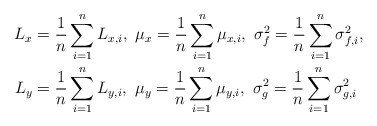
\begin{align*} L_{x} &= \frac{1}{n}\sum_{i=1}^n L_{x, i},~ \mu_{x} = \frac{1}{n}\sum_{i=1}^n \mu_{x, i},~ \sigma_f^2 = \frac{1}{n}\sum_{i=1}^n \sigma_{f, i}^2, \\ L_{y} &= \frac{1}{n}\sum_{i=1}^n L_{y, i},~ \mu_{y} = \frac{1}{n}\sum_{i=1}^n \mu_{y, i},~ \sigma_g^2 = \frac{1}{n}\sum_{i=1}^n \sigma_{g, i}^2 \end{align*}